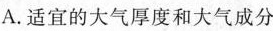
A.适宜的大气厚度和大气成分